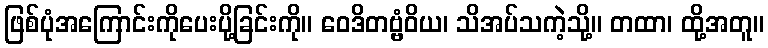
ဖြစ်ပုံအကြောင်းကိုပေးပို့ခြင်းကို။ ဝေဒိတဗ္ဗံဝိယ၊ သိအပ်သကဲ့သို့။ တထာ၊ ထို့အတူ။